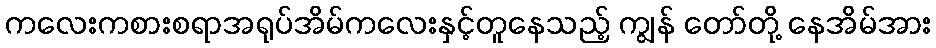
ကလေးကစားစရာအရုပ်အိမ်ကလေးနှင့်တူနေသည့် ကျွန် တော်တို့ နေအိမ်အား